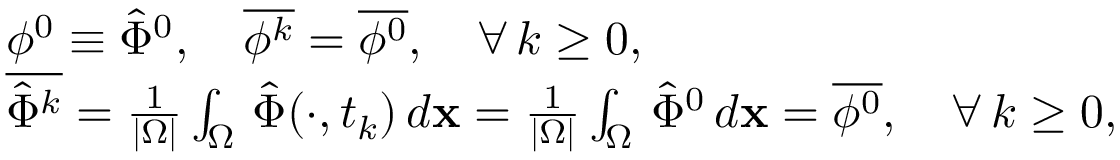
\begin{array} { r l } & { \phi ^ { 0 } \equiv \hat { \Phi } ^ { 0 } , \quad \overline { { \phi ^ { k } } } = \overline { { \phi ^ { 0 } } } , \quad \forall \, k \ge 0 , } \\ & { \overline { { \hat { \Phi } ^ { k } } } = \frac { 1 } { | \Omega | } \int _ { \Omega } \, \hat { \Phi } ( \cdot , t _ { k } ) \, d { \bf x } = \frac { 1 } { | \Omega | } \int _ { \Omega } \, \hat { \Phi } ^ { 0 } \, d { \bf x } = \overline { { \phi ^ { 0 } } } , \quad \forall \, k \ge 0 , } \end{array}